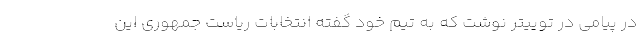
در پیامی در توییتر نوشت که به تیم خود گفته انتخابات ریاست جمهوری این